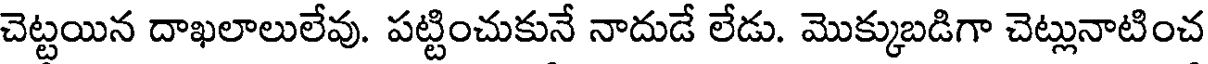
చెట్టయిన దాఖలాలులేవు. పట్టించుకునే నాదుడే లేడు. మొక్కుబడిగా చెట్లునాటించ